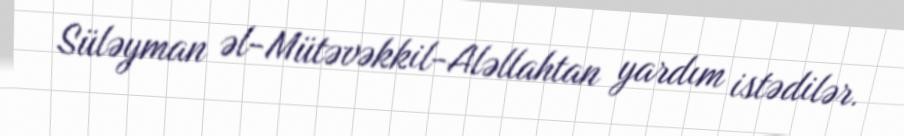
Süləyman əl-Mütəvəkkil-Aləllahtan yardım istədilər.